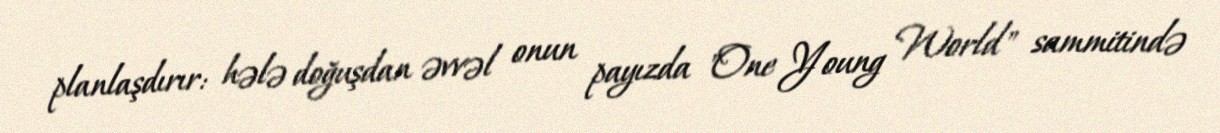
planlaşdırır: hələ doğuşdan əvvəl onun payızda "One Young World" sammitində